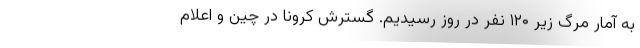
به آمار مرگ زیر ۱۲۰ نفر در روز رسیدیم. گسترش کرونا در چین و اعلام